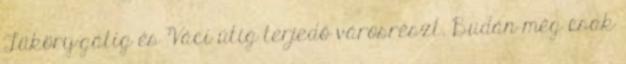
Tüköry-gátig és Váci útig terjedő városrészt. Budán még csak